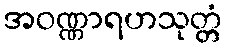
အဝဏ္ဏာရဟသုတ္တံ